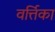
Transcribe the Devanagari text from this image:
वर्त्तिका